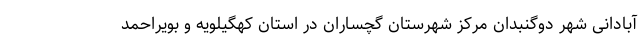
آبادانی شهر دوگنبدان مرکز شهرستان گچساران در استان کهگیلویه و بویراحمد